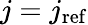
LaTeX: j=j_{\mathrm{ref}}